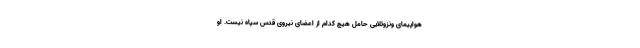
هواپیمای ونزوئلایی حامل هیچ کدام از اعضای نیروی قدس سپاه نیست. او